Indian journal of veterinary science and animal husbandry - Volume 8,
Year: 1938
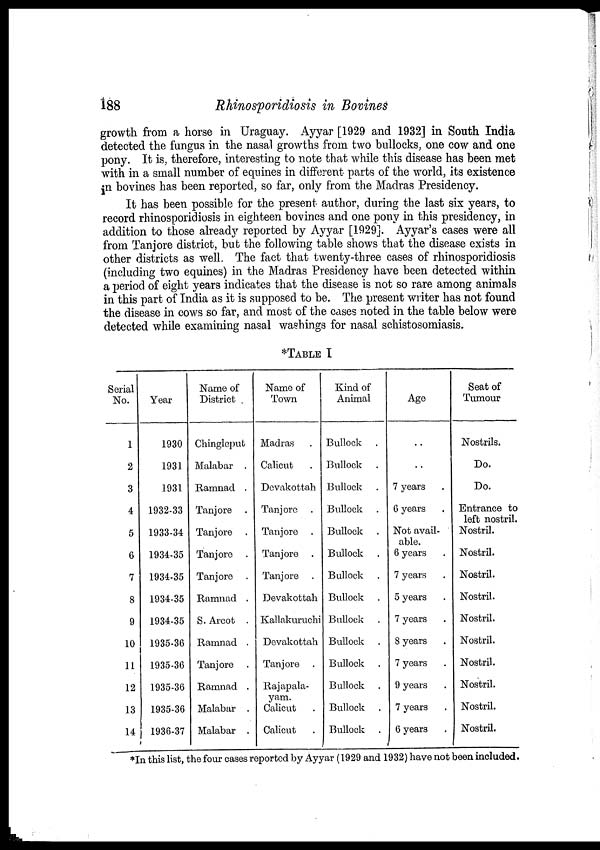
188
Rhinosporidiosis in Bovines
growth from a horse in Uraguay. Ayyar [1929 and 1932] in South India
detected the fungus in the nasal growths from two bullocks, one cow and one
pony. It is, therefore, interesting to note that while this disease has been met
with in a small number of equines in different parts of the world, its existence
in bovines has been reported, so far, only from the Madras Presidency.
It has been possible for the present author, during the last six years, to
record rhinosporidiosis in eighteen bovines and one pony in this presidency, in
addition to those already reported by Ayyar [1929]. Ayyar's cases were all
from Tanjore district, but the following table shows that the disease exists in
other districts as well. The fact that twenty-three cases of rhinosporidiosis
(including two equines) in the Madras Presidency have been detected within
a period of eight years indicates that the disease is not so rare among animals
in this part of India as it is supposed to be. The present writer has not found
the disease in cows so far, and most of the cases noted in the table below were
detected while examining nasal washings for nasal schistosomiasis.
*TABLE I
Serial
No.
1
2
3
4
5
6
7
8
9
10
11
12
13
14
Year
1930
1931
1931
1932-33
1933-34
1934-35
1934-35
1934-35
1934-35
1935-36
1935-36
1935-36
1935-36
1936-37
Name of
District
Chingleput
Malabar .
Ramnad .
Tanjore .
Tanjore .
Tanjore .
Tanjore .
Ramnad .
S.Arcot .
Ramnad .
Tanjore .
Ramnad .
Malabar .
Malabar .
Name of
Town
Madras .
Calicut .
Devakottah
Tanjore .
Tanjore .
Tanjore .
Tanjore .
Devakottah
Kallakuruchi
Devakottah
Tanjore .
Rajapala¬
yam.
Calicut .
Calicut .
Kind of
Animal
Bullock .
Bullock .
Bullock .
Bullock .
Bullock .
Bullock .
Bullock .
Bullock .
Bullock .
Bullock .
Bullock .
Bullock .
Bullock .
Bullock .
Age
. .
. .
7 years .
6 years .
Not avail-
able.
6 years .
7 years .
5 years .
7 years .
8 years .
7 years .
9 years .
7 years .
6 years .
Seat of
Tumour
Nostrils.
Do.
Do.
Entrance to
left nostril.
Nostril.
Nostril.
Nostril.
Nostril.
Nostril.
Nostril.
Nostril.
Nostril.
Nostril.
Nostril.
*In this list, the four cases reported by Ayyar (1929 and 1932) have not been included.